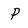
Character: P